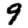
Digit: 9